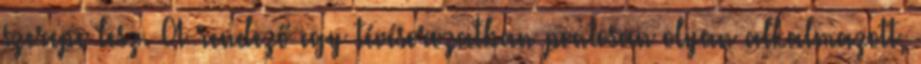
szerepe lesz. A rendező egy tévésorozatban pontosan olyan alkalmazott,